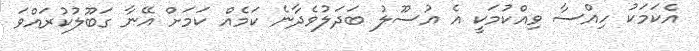
އެކަމަކު ހިއްސާ ވިއްކުމަކީ އެ އުސޫލު ބަދަލުވެދާނެ ކަމެއް ކަމަށް އޭނާ ގަބޫލުކުރައްވަ